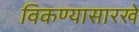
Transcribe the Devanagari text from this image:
विकण्यासारखे